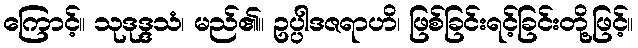
ကြောင့်။ သုဒုဒ္ဒသံ၊ မည်၏။ ဥပ္ပါဒဇရာဟိ၊ ဖြစ်ခြင်းရင့်ခြင်းတို့ဖြင့်။